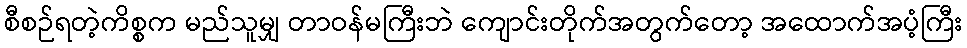
စီစဉ်ရတဲ့ကိစ္စက မည်သူမျှ တာဝန်မကြီးဘဲ ကျောင်းတိုက်အတွက်တော့ အထောက်အပံ့ကြီး